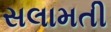
સલામતી